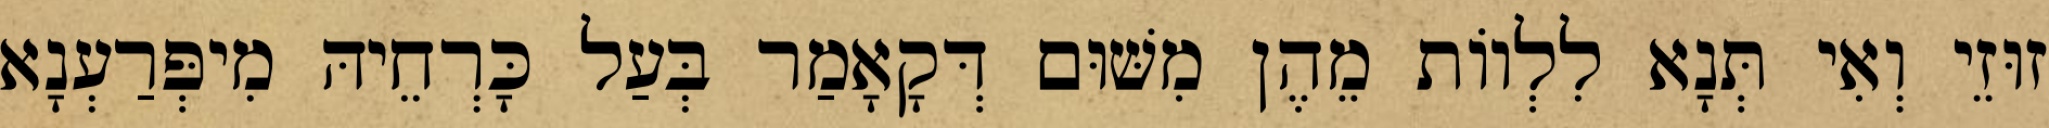
זוּזֵי וְאִי תְּנָא לִלְווֹת מֵהֶן מִשּׁוּם דְּקָאָמַר בְּעַל כָּרְחֵיהּ מִיפְּרַעְנָא